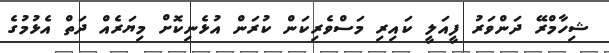
ޝިހާމްރޭ ދަންވަރު ފީއަލީ ކައިރި މަސްވެރިކަން ކުރަން އުޅެނިކޮށް މިޔަރެއް ދަތް އެޅުމުގެ